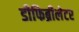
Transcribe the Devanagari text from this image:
डीफिब्रीलेटर